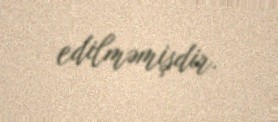
edilməmişdir.